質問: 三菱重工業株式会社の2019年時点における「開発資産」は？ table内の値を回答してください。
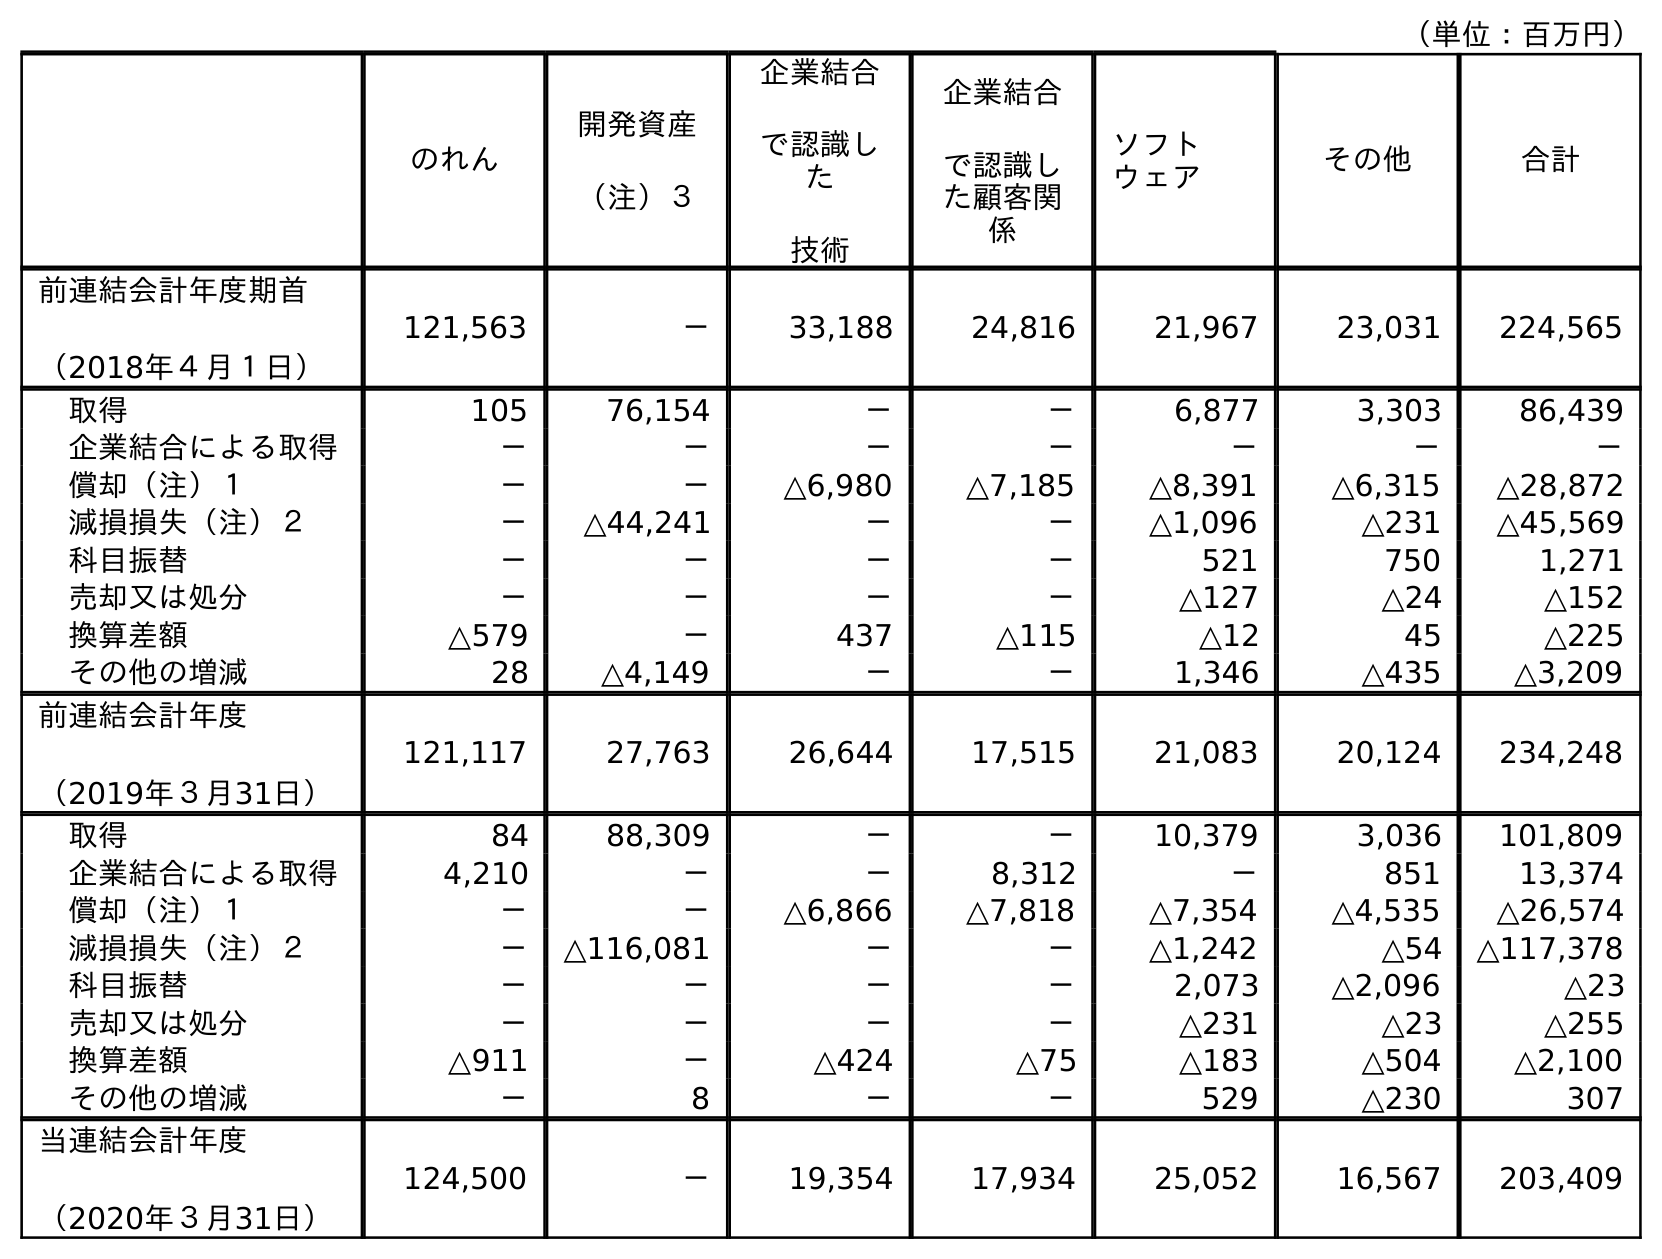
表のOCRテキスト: （単位：百万円） のれん 開発資産 （注）３ 企業結合 で認識し た 技術 企業結合 で認識し た顧客関 係 ソフト ウェア その他 合計 前連結会計年度期首 （2018年４月１日） 121,563 － 33,188 24,816 21,967 23,031 224,565 取得 105 76,154 － － 6,877 3,303 86,439 企業結合による取得 － － － － － － － 償却（注）１ － － △6,980 △7,185 △8,391 △6,315 △28,872 減損損失（注）２ － △44,241 － － △1,096 △231 △45,569 科目振替 － － － － 521 750 1,271 売却又は処分 － － － － △127 △24 △152 換算差額 △579 － 437 △115 △12 45 △225 その他の増減 28 △4,149 － － 1,346 △435 △3,209 前連結会計年度 （2019年３月31日） 121,117 27,763 26,644 17,515 21,083 20,124 234,248 取得 84 88,309 － － 10,379 3,036 101,809 企業結合による取得 4,210 － － 8,312 － 851 13,374 償却（注）１ － － △6,866 △7,818 △7,354 △4,535 △26,574 減損損失（注）２ － △116,081 － － △1,242 △54 △117,378 科目振替 － － － － 2,073 △2,096 △23 売却又は処分 － － － － △231 △23 △255 換算差額 △911 － △424 △75 △183 △504 △2,100 その他の増減 － 8 － － 529 △230 307 当連結会計年度 （2020年３月31日） 124,500 － 19,354 17,934 25,052 16,567 203,409
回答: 27,763